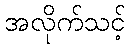
အလိုက်သင့်